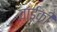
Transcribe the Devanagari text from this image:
वाईकी